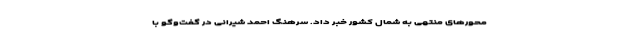
محورهای منتهی به شمال کشور خبر داد. سرهنگ احمد شیرانی در گفت‌وگو با